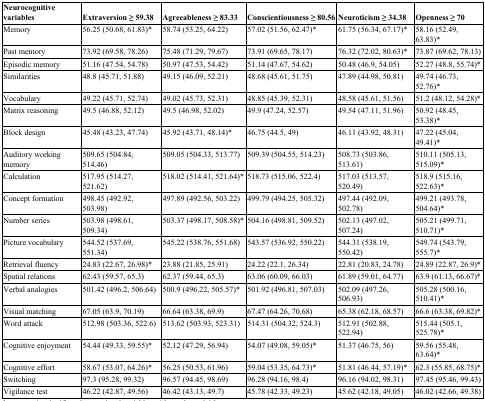
<table><thead><tr><td><b>Neurocognitive variables</b></td><td><b>Extraversion ≥ 59.38</b></td><td><b>Agreeableness ≥ 83.33</b></td><td><b>Conscientiousness ≥ 80.56</b></td><td><b>Neuroticism ≥ 34.38</b></td><td><b>Openness ≥ 70</b></td></tr></thead><tbody><tr><td>Memory</td><td>56.25 (50.68, 61.83)*</td><td>58.74 (53.25, 64.22)</td><td>57.02 (51.56, 62.47)*</td><td>61.75 (56.34, 67.17)*</td><td>58.16 (52.49, 63.83)*</td></tr><tr><td>Past memory</td><td>73.92 (69.58, 78.26)</td><td>75.48 (71.29, 79.67)</td><td>73.91 (69.65, 78.17)</td><td>76.32 (72.02, 80.63)*</td><td>73.87 (69.62, 78.13)</td></tr><tr><td>Episodic memory</td><td>51.16 (47.54, 54.78)</td><td>50.97 (47.53, 54.42)</td><td>51.14 (47.67, 54.62)</td><td>50.48 (46.9, 54.05)</td><td>52.27 (48.8, 55.74)*</td></tr><tr><td>Similarities</td><td>48.8 (45.71, 51.88)</td><td>49.15 (46.09, 52.21)</td><td>48.68 (45.61, 51.75)</td><td>47.89 (44.98, 50.81)</td><td>49.74 (46.73, 52.76)*</td></tr><tr><td>Vocabulary</td><td>49.22 (45.71, 52.74)</td><td>49.02 (45.73, 52.31)</td><td>48.85 (45.39, 52.31)</td><td>48.58 (45.61, 51.56)</td><td>51.2 (48.12, 54.28)*</td></tr><tr><td>Matrix reasoning</td><td>49.5 (46.88, 52.12)</td><td>49.5 (46.98, 52.02)</td><td>49.9 (47.24, 52.57)</td><td>49.54 (47.11, 51.96)</td><td>50.92 (48.45, 53.38)*</td></tr><tr><td>Block design</td><td>45.48 (43.23, 47.74)</td><td>45.92 (43.71, 48.14)*</td><td>46.75 (44.5, 49)</td><td>46.11 (43.92, 48.31)</td><td>47.22 (45.04, 49.41)*</td></tr><tr><td>Auditory working memory</td><td>509.65 (504.84, 514.46)</td><td>509.05 (504.33, 513.77)</td><td>509.39 (504.55, 514.23)</td><td>508.73 (503.86, 513.61)</td><td>510.11 (505.13, 515.09)*</td></tr><tr><td>Calculation</td><td>517.95 (514.27, 521.62)</td><td>518.02 (514.41, 521.64)*</td><td>518.73 (515.06, 522.4)</td><td>517.03 (513.57, 520.49)</td><td>518.9 (515.16, 522.63)*</td></tr><tr><td>Concept formation</td><td>498.45 (492.92, 503.98)</td><td>497.89 (492.56, 503.22)</td><td>499.79 (494.25, 505.32)</td><td>497.44 (492.09, 502.78)</td><td>499.21 (493.78, 504.64)*</td></tr><tr><td>Number series</td><td>503.98 (498.61, 509.34)</td><td>503.37 (498.17, 508.58)*</td><td>504.16 (498.81, 509.52)</td><td>502.13 (497.02, 507.24)</td><td>505.21 (499.71, 510.71)*</td></tr><tr><td>Picture vocabulary</td><td>544.52 (537.69, 551.34)</td><td>545.22 (538.76, 551.68)</td><td>543.57 (536.92, 550.22)</td><td>544.31 (538.19, 550.42)</td><td>549.74 (543.79, 555.7)*</td></tr><tr><td>Retrieval fluency</td><td>24.83 (22.67, 26.98)*</td><td>23.88 (21.85, 25.91)</td><td>24.22 (22.1, 26.34)</td><td>22.81 (20.83, 24.78)</td><td>24.89 (22.87, 26.9)*</td></tr><tr><td>Spatial relations</td><td>62.43 (59.57, 65.3)</td><td>62.37 (59.44, 65.3)</td><td>63.06 (60.09, 66.03)</td><td>61.89 (59.01, 64.77)</td><td>63.9 (61.13, 66.67)*</td></tr><tr><td>Verbal analogies</td><td>501.42 (496.2, 506.64)</td><td>500.9 (496.22, 505.57)*</td><td>501.92 (496.81, 507.03)</td><td>502.09 (497.26, 506.93)</td><td>505.28 (500.16, 510.41)*</td></tr><tr><td>Visual matching</td><td>67.05 (63.9, 70.19)</td><td>66.64 (63.38, 69.9)</td><td>67.47 (64.26, 70.68)</td><td>65.38 (62.18, 68.57)</td><td>66.6 (63.38, 69.82)*</td></tr><tr><td>Word attack</td><td>512.98 (503.36, 522.6)</td><td>513.62 (503.93, 523.31)</td><td>514.31 (504.32, 524.3)</td><td>512.91 (502.88, 522.94)</td><td>515.44 (505.1, 525.78)*</td></tr><tr><td>Cognitive enjoyment</td><td>54.44 (49.33, 59.55)*</td><td>52.12 (47.29, 56.94)</td><td>54.07 (49.08, 59.05)*</td><td>51.37 (46.75, 56)</td><td>59.56 (55.48, 63.64)*</td></tr><tr><td>Cognitive effort</td><td>58.67 (53.07, 64.26)*</td><td>56.25 (50.53, 61.96)</td><td>59.04 (53.35, 64.73)*</td><td>51.81 (46.44, 57.19)*</td><td>62.3 (55.85, 68.75)*</td></tr><tr><td>Switching</td><td>97.3 (95.28, 99.32)</td><td>96.57 (94.45, 98.69)</td><td>96.28 (94.16, 98.4)</td><td>96.16 (94.02, 98.31)</td><td>97.45 (95.46, 99.43)</td></tr><tr><td>Vigilance test</td><td>46.22 (42.87, 49.56)</td><td>46.42 (43.13, 49.7)</td><td>45.78 (42.33, 49.23)</td><td>45.62 (42.18, 49.05)</td><td>46.02 (42.66, 49.38)</td></tr></tbody></table>